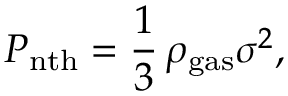
P _ { \mathrm { n t h } } = \frac { 1 } { 3 } \, \rho _ { \mathrm { g a s } } \sigma ^ { 2 } ,